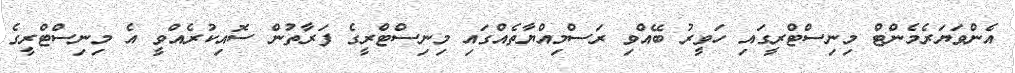
އެންވަޔަރެމެންޓް މިނިސްޓްރީގައި ހަވީރު ބޭއްވި ރަސްމިއްޔާތެއްގައި މިނިސްޓްރީގެ ފަރާތުން ސޮއިކުރެއްވީ އެ މިނިސްޓްރީގެ